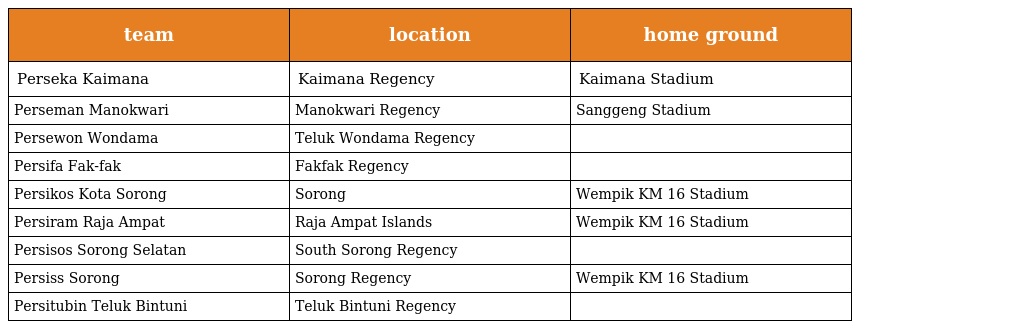
| team | location | home ground |
 | --- | --- | --- |
 | Perseka Kaimana | Kaimana Regency | Kaimana Stadium |
 | Perseman Manokwari | Manokwari Regency | Sanggeng Stadium |
 | Persewon Wondama | Teluk Wondama Regency |  |
 | Persifa Fak-fak | Fakfak Regency |  |
 | Persikos Kota Sorong | Sorong | Wempik KM 16 Stadium |
 | Persiram Raja Ampat | Raja Ampat Islands | Wempik KM 16 Stadium |
 | Persisos Sorong Selatan | South Sorong Regency |  |
 | Persiss Sorong | Sorong Regency | Wempik KM 16 Stadium |
 | Persitubin Teluk Bintuni | Teluk Bintuni Regency |  |